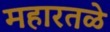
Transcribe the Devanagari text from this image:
महारतळे